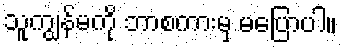
သူကျွန်မကို ဘာစကားမှ မပြောပါ။